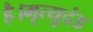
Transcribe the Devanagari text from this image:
है।मृत्युदंड